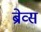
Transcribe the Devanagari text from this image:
ब्रेव्स